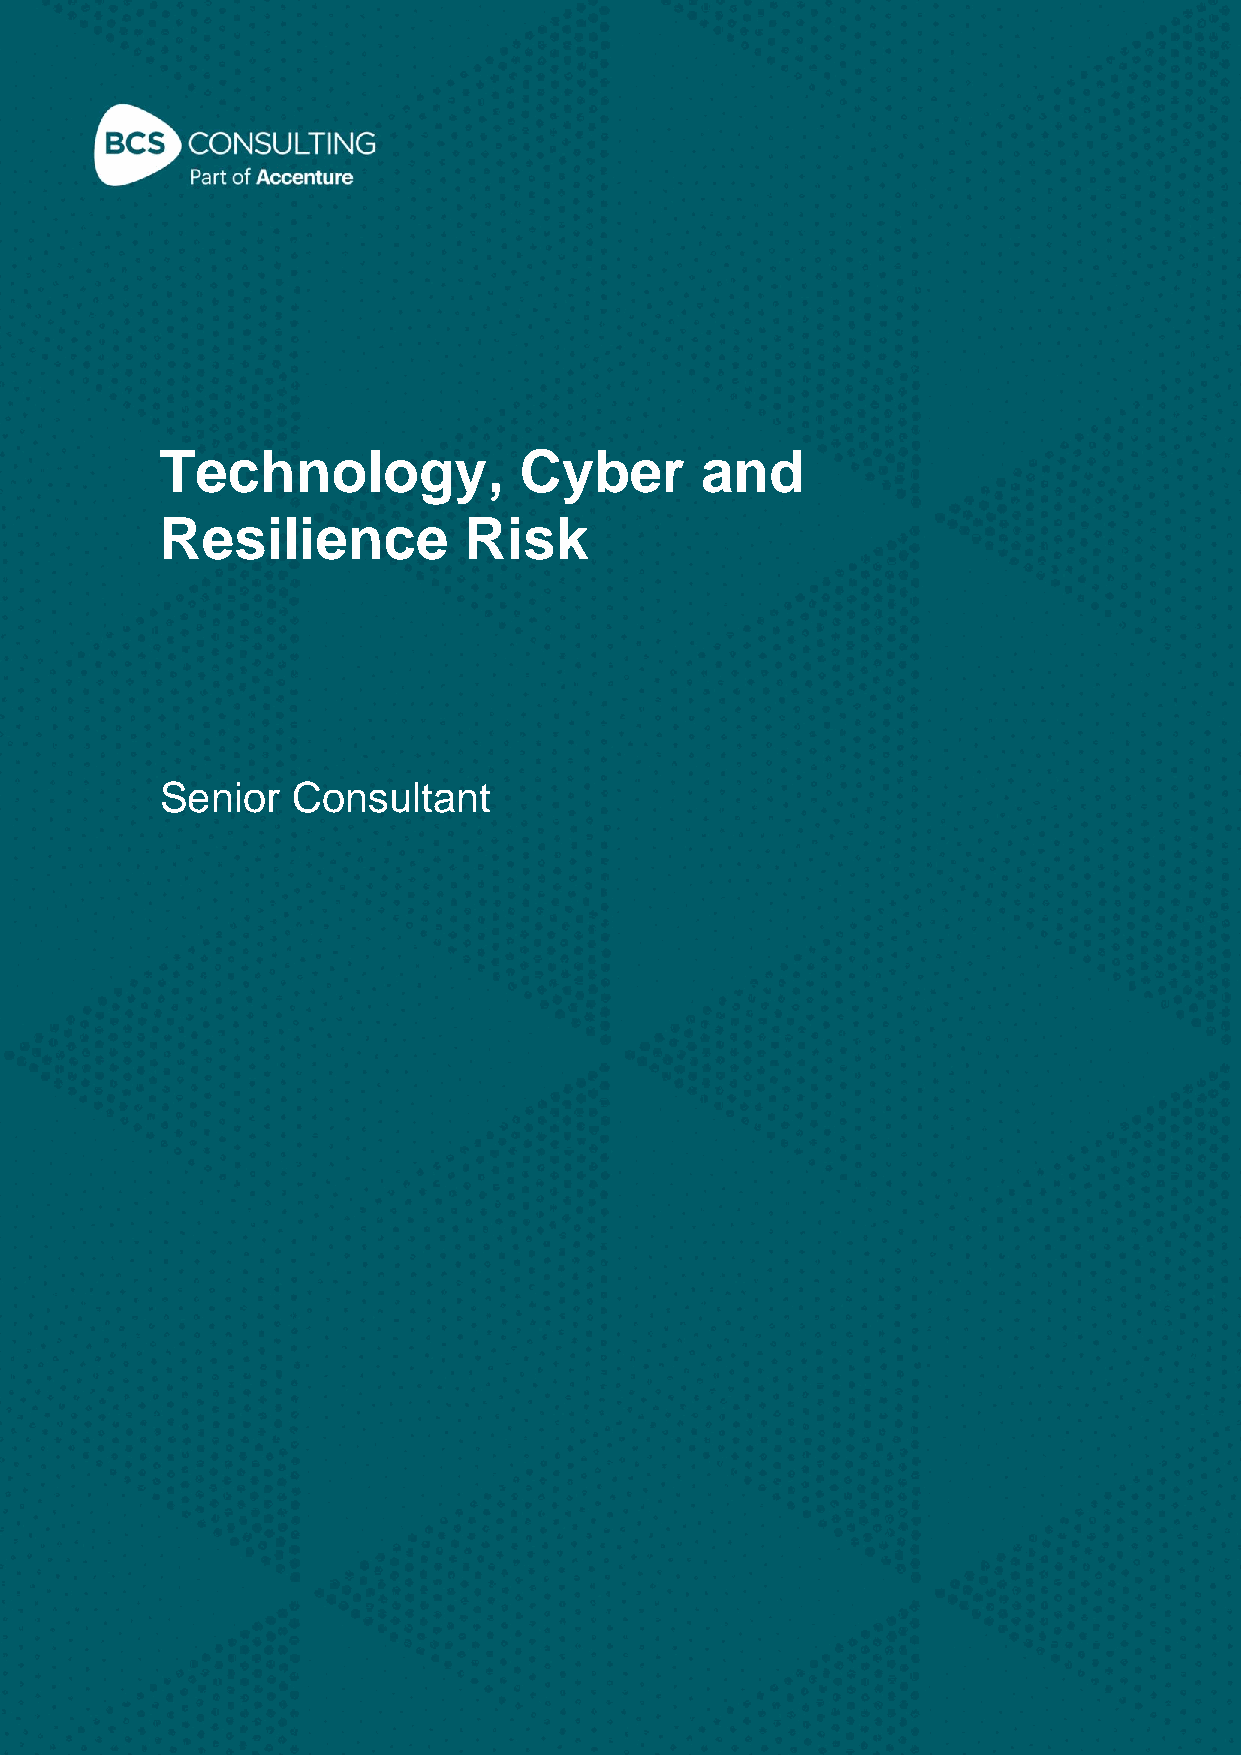
Technology,            Cyber       and
 Resilience          Risk
 Senior  Consultant
 Classification: Restricted - BCS Consulting